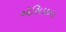
ઍસિડકારક